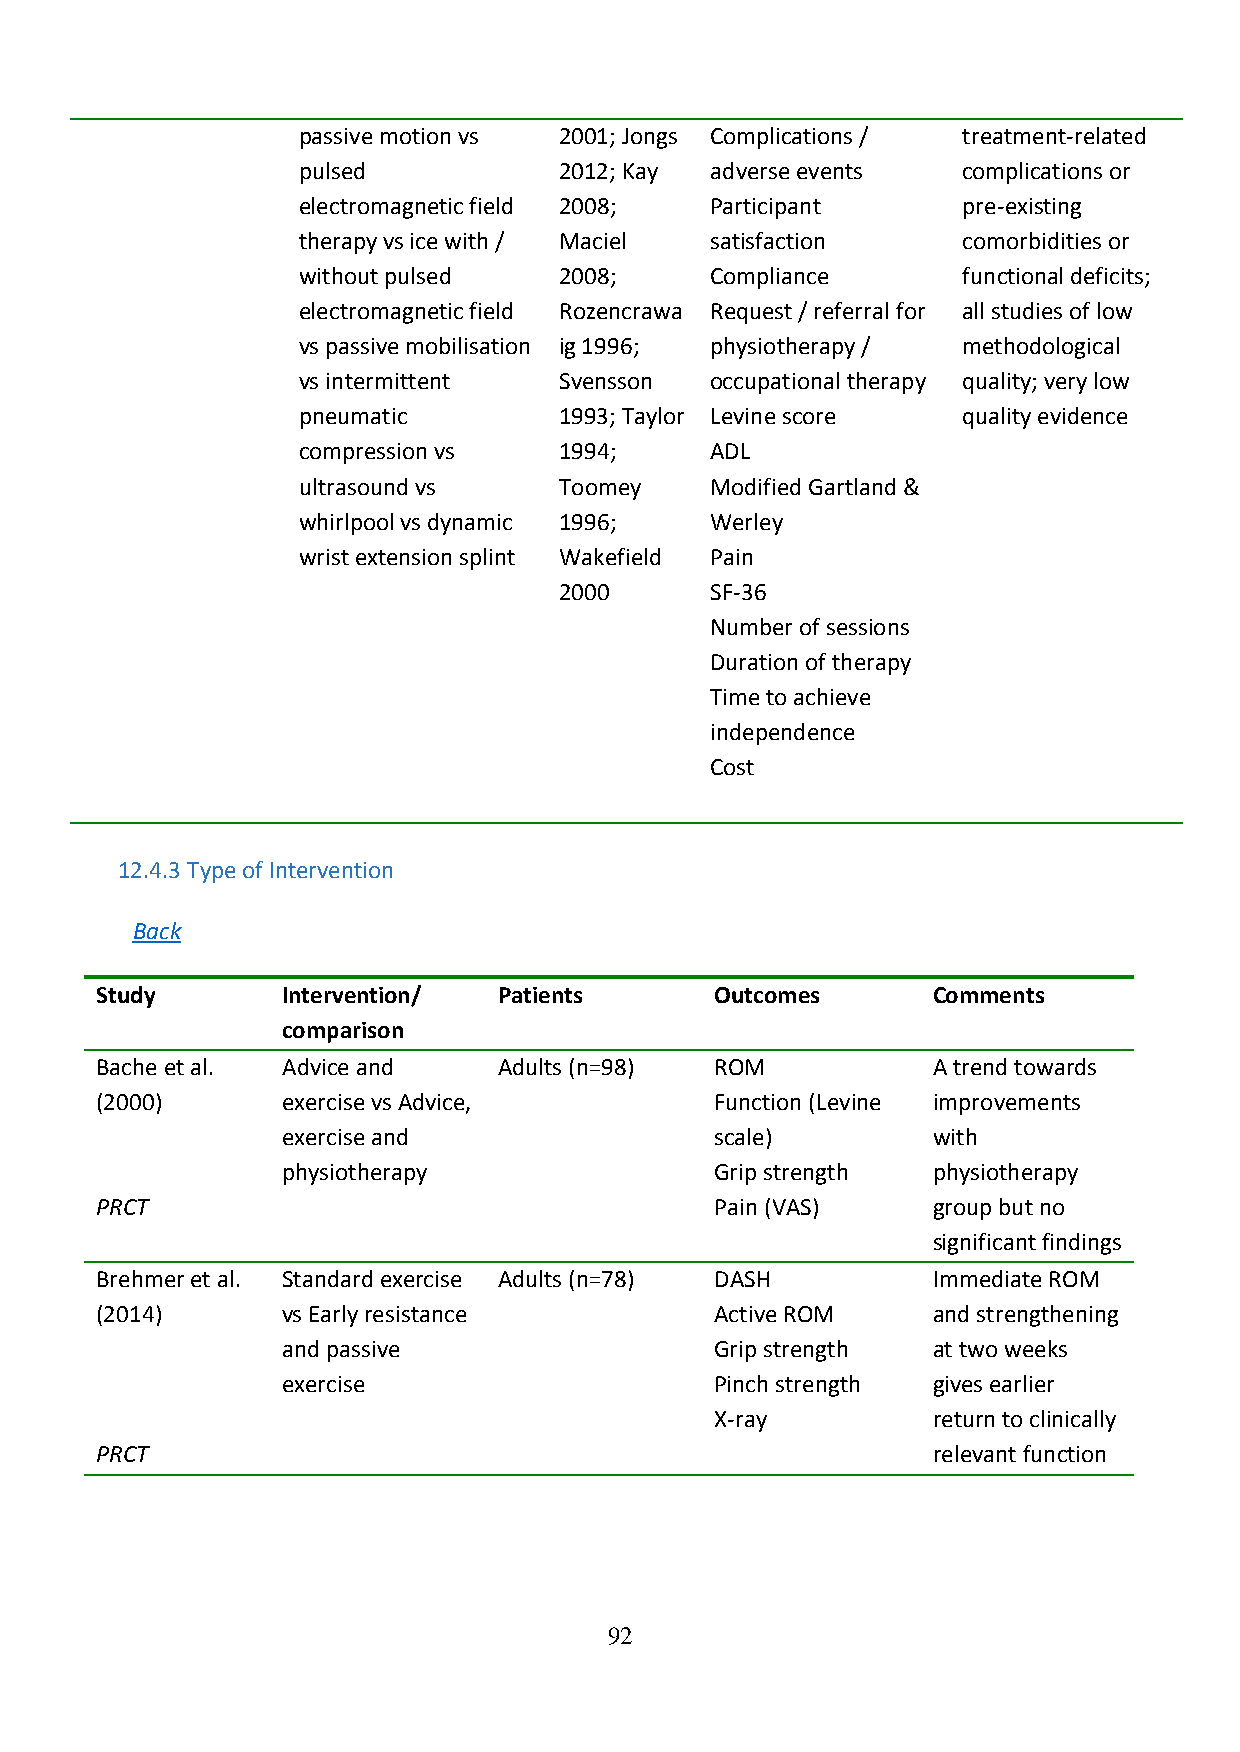
passive motion vs 2001; Jongs Complications / treatment-related
 pulsed           2012; Kay adverse events   complications or
 electromagnetic field 2008; Participant     pre-existing
 therapy vs ice with / Maciel satisfaction   comorbidities or
 without pulsed   2008;     Compliance       functional deficits;
 electromagnetic field Rozencrawa Request / referral for all studies of low
 vs passive mobilisation ig 1996; physiotherapy / methodological
 vs intermittent  Svensson  occupational therapy quality; very low
 pneumatic        1993; Taylor Levine score  quality evidence
 compression vs   1994;     ADL
 ultrasound vs    Toomey    Modified Gartland &
 whirlpool vs dynamic 1996; Werley
 wrist extension splint Wakefield Pain
 2000      SF-36
 Number of sessions
 Duration of therapy
 Time to achieve
 independence
 Cost
 12.4.3 Type of Intervention
 Back
 Study        Intervention/ Patients      Outcomes       Comments
 comparison
 Bache et al. Advice and    Adults (n=98) ROM            A trend towards
 (2000)       exercise vs Advice,         Function (Levine improvements
 exercise and                scale)         with
 physiotherapy               Grip strength  physiotherapy
 PRCT                                     Pain (VAS)     group but no
 significant findings
 Brehmer et al. Standard exercise Adults (n=78) DASH     Immediate ROM
 (2014)       vs Early resistance         Active ROM     and strengthening
 and passive                 Grip strength  at two weeks
 exercise                    Pinch strength gives earlier
 X-ray          return to clinically
 PRCT                                                    relevant function
 92